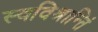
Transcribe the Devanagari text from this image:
स्वविश्रान्तिं